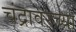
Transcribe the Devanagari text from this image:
चंद्रावरच्या